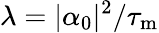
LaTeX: \lambda=|\alpha_{0}|^{2}/\tau_{\mathrm{m}}